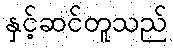
နှင့်ဆင်တူသည်